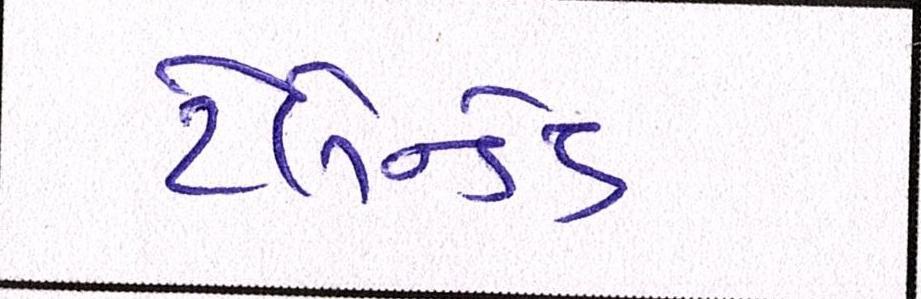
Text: ટેલેન્ટેડ